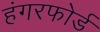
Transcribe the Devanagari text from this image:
हंगरफोर्ड